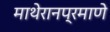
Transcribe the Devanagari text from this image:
माथेरानप्रमाणे